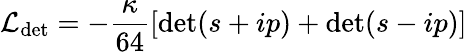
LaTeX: {\cal L}_{\mathrm{det}}=-\frac{\kappa}{64}\left[\mathrm{det}(s+ip)+\mathrm{det}(s-ip)\right]